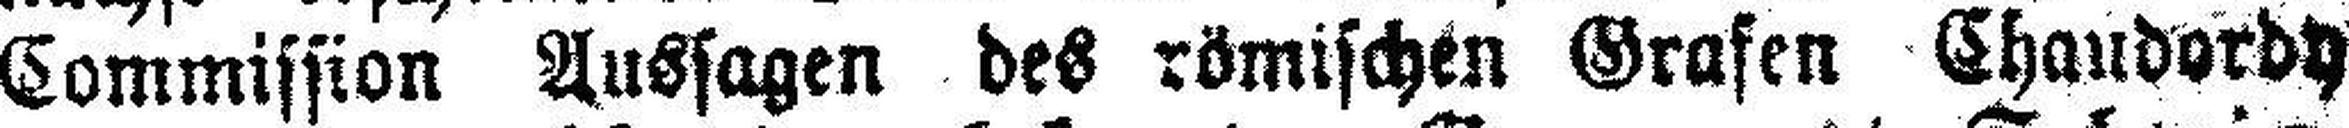
Commission Aussagen des römischen Grafen Chaudordy